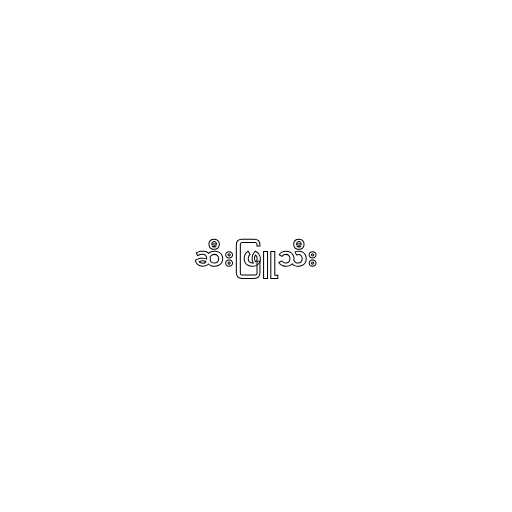
ဆီးဖြူသီး